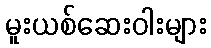
မူးယစ်ဆေးဝါးများ